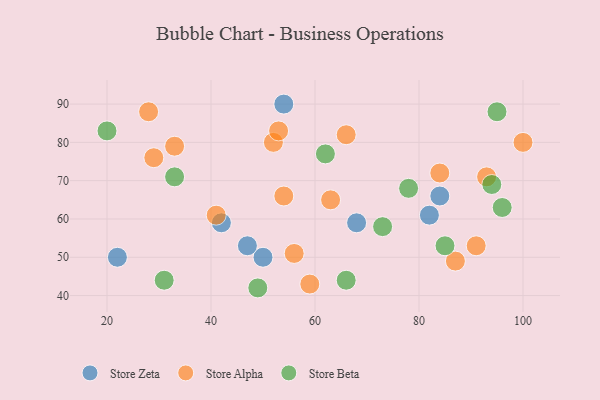
{"axis": {"x": "GDP", "y": "Life Expectancy"}, "legend": ["Store Alpha", "Store Beta", "Store Zeta"], "data": [{"x": "22", "y": 50, "type": "Store Zeta"}, {"x": "54", "y": 90, "type": "Store Zeta"}, {"x": "84", "y": 66, "type": "Store Zeta"}, {"x": "42", "y": 59, "type": "Store Zeta"}, {"x": "50", "y": 50, "type": "Store Zeta"}, {"x": "82", "y": 61, "type": "Store Zeta"}, {"x": "68", "y": 59, "type": "Store Zeta"}, {"x": "47", "y": 53, "type": "Store Zeta"}, {"x": "33", "y": 79, "type": "Store Alpha"}, {"x": "28", "y": 88, "type": "Store Alpha"}, {"x": "29", "y": 76, "type": "Store Alpha"}, {"x": "63", "y": 65, "type": "Store Alpha"}, {"x": "52", "y": 80, "type": "Store Alpha"}, {"x": "56", "y": 51, "type": "Store Alpha"}, {"x": "54", "y": 66, "type": "Store Alpha"}, {"x": "93", "y": 71, "type": "Store Alpha"}, {"x": "87", "y": 49, "type": "Store Alpha"}, {"x": "59", "y": 43, "type": "Store Alpha"}, {"x": "41", "y": 61, "type": "Store Alpha"}, {"x": "91", "y": 53, "type": "Store Alpha"}, {"x": "53", "y": 83, "type": "Store Alpha"}, {"x": "100", "y": 80, "type": "Store Alpha"}, {"x": "84", "y": 72, "type": "Store Alpha"}, {"x": "66", "y": 82, "type": "Store Alpha"}, {"x": "94", "y": 69, "type": "Store Beta"}, {"x": "49", "y": 42, "type": "Store Beta"}, {"x": "78", "y": 68, "type": "Store Beta"}, {"x": "33", "y": 71, "type": "Store Beta"}, {"x": "85", "y": 53, "type": "Store Beta"}, {"x": "20", "y": 83, "type": "Store Beta"}, {"x": "31", "y": 44, "type": "Store Beta"}, {"x": "62", "y": 77, "type": "Store Beta"}, {"x": "73", "y": 58, "type": "Store Beta"}, {"x": "95", "y": 88, "type": "Store Beta"}, {"x": "96", "y": 63, "type": "Store Beta"}, {"x": "66", "y": 44, "type": "Store Beta"}]}